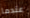
عندما